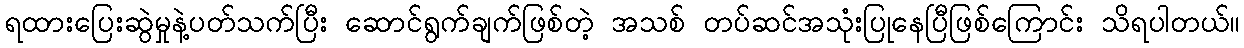
ရထားပြေးဆွဲမှုနဲ့ပတ်သက်ပြီး ဆောင်ရွက်ချက်ဖြစ်တဲ့ အသစ် တပ်ဆင်အသုံးပြုနေပြီဖြစ်ကြောင်း သိရပါတယ်။